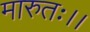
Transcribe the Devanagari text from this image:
मारुतः।।